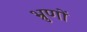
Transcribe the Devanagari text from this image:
भ्रुणों